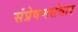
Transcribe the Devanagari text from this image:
संप्रेषणसंवाद